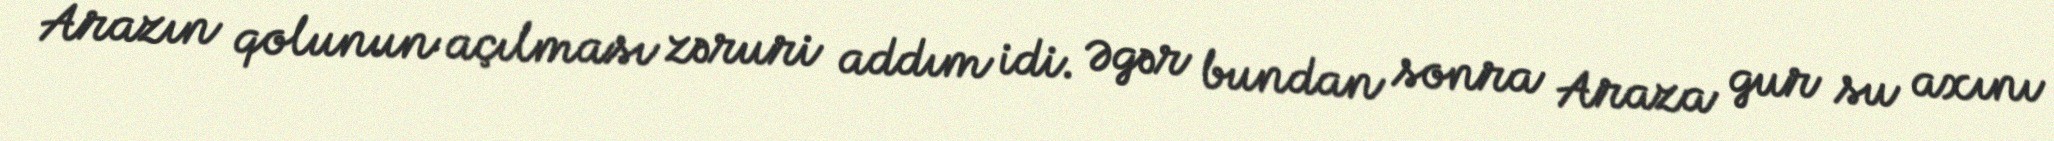
Arazın qolunun açılması zəruri addım idi. Əgər bundan sonra Araza gur su axını